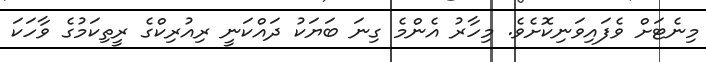
މިނެޓަށް ވެފައިވަނިކޮށެވެ. މިހާރު އެންމެ ގިނަ ބަޔަކު ދައްކަނީ ރިއުރިކްގެ ރީތިކަމުގެ ވާހަކަ